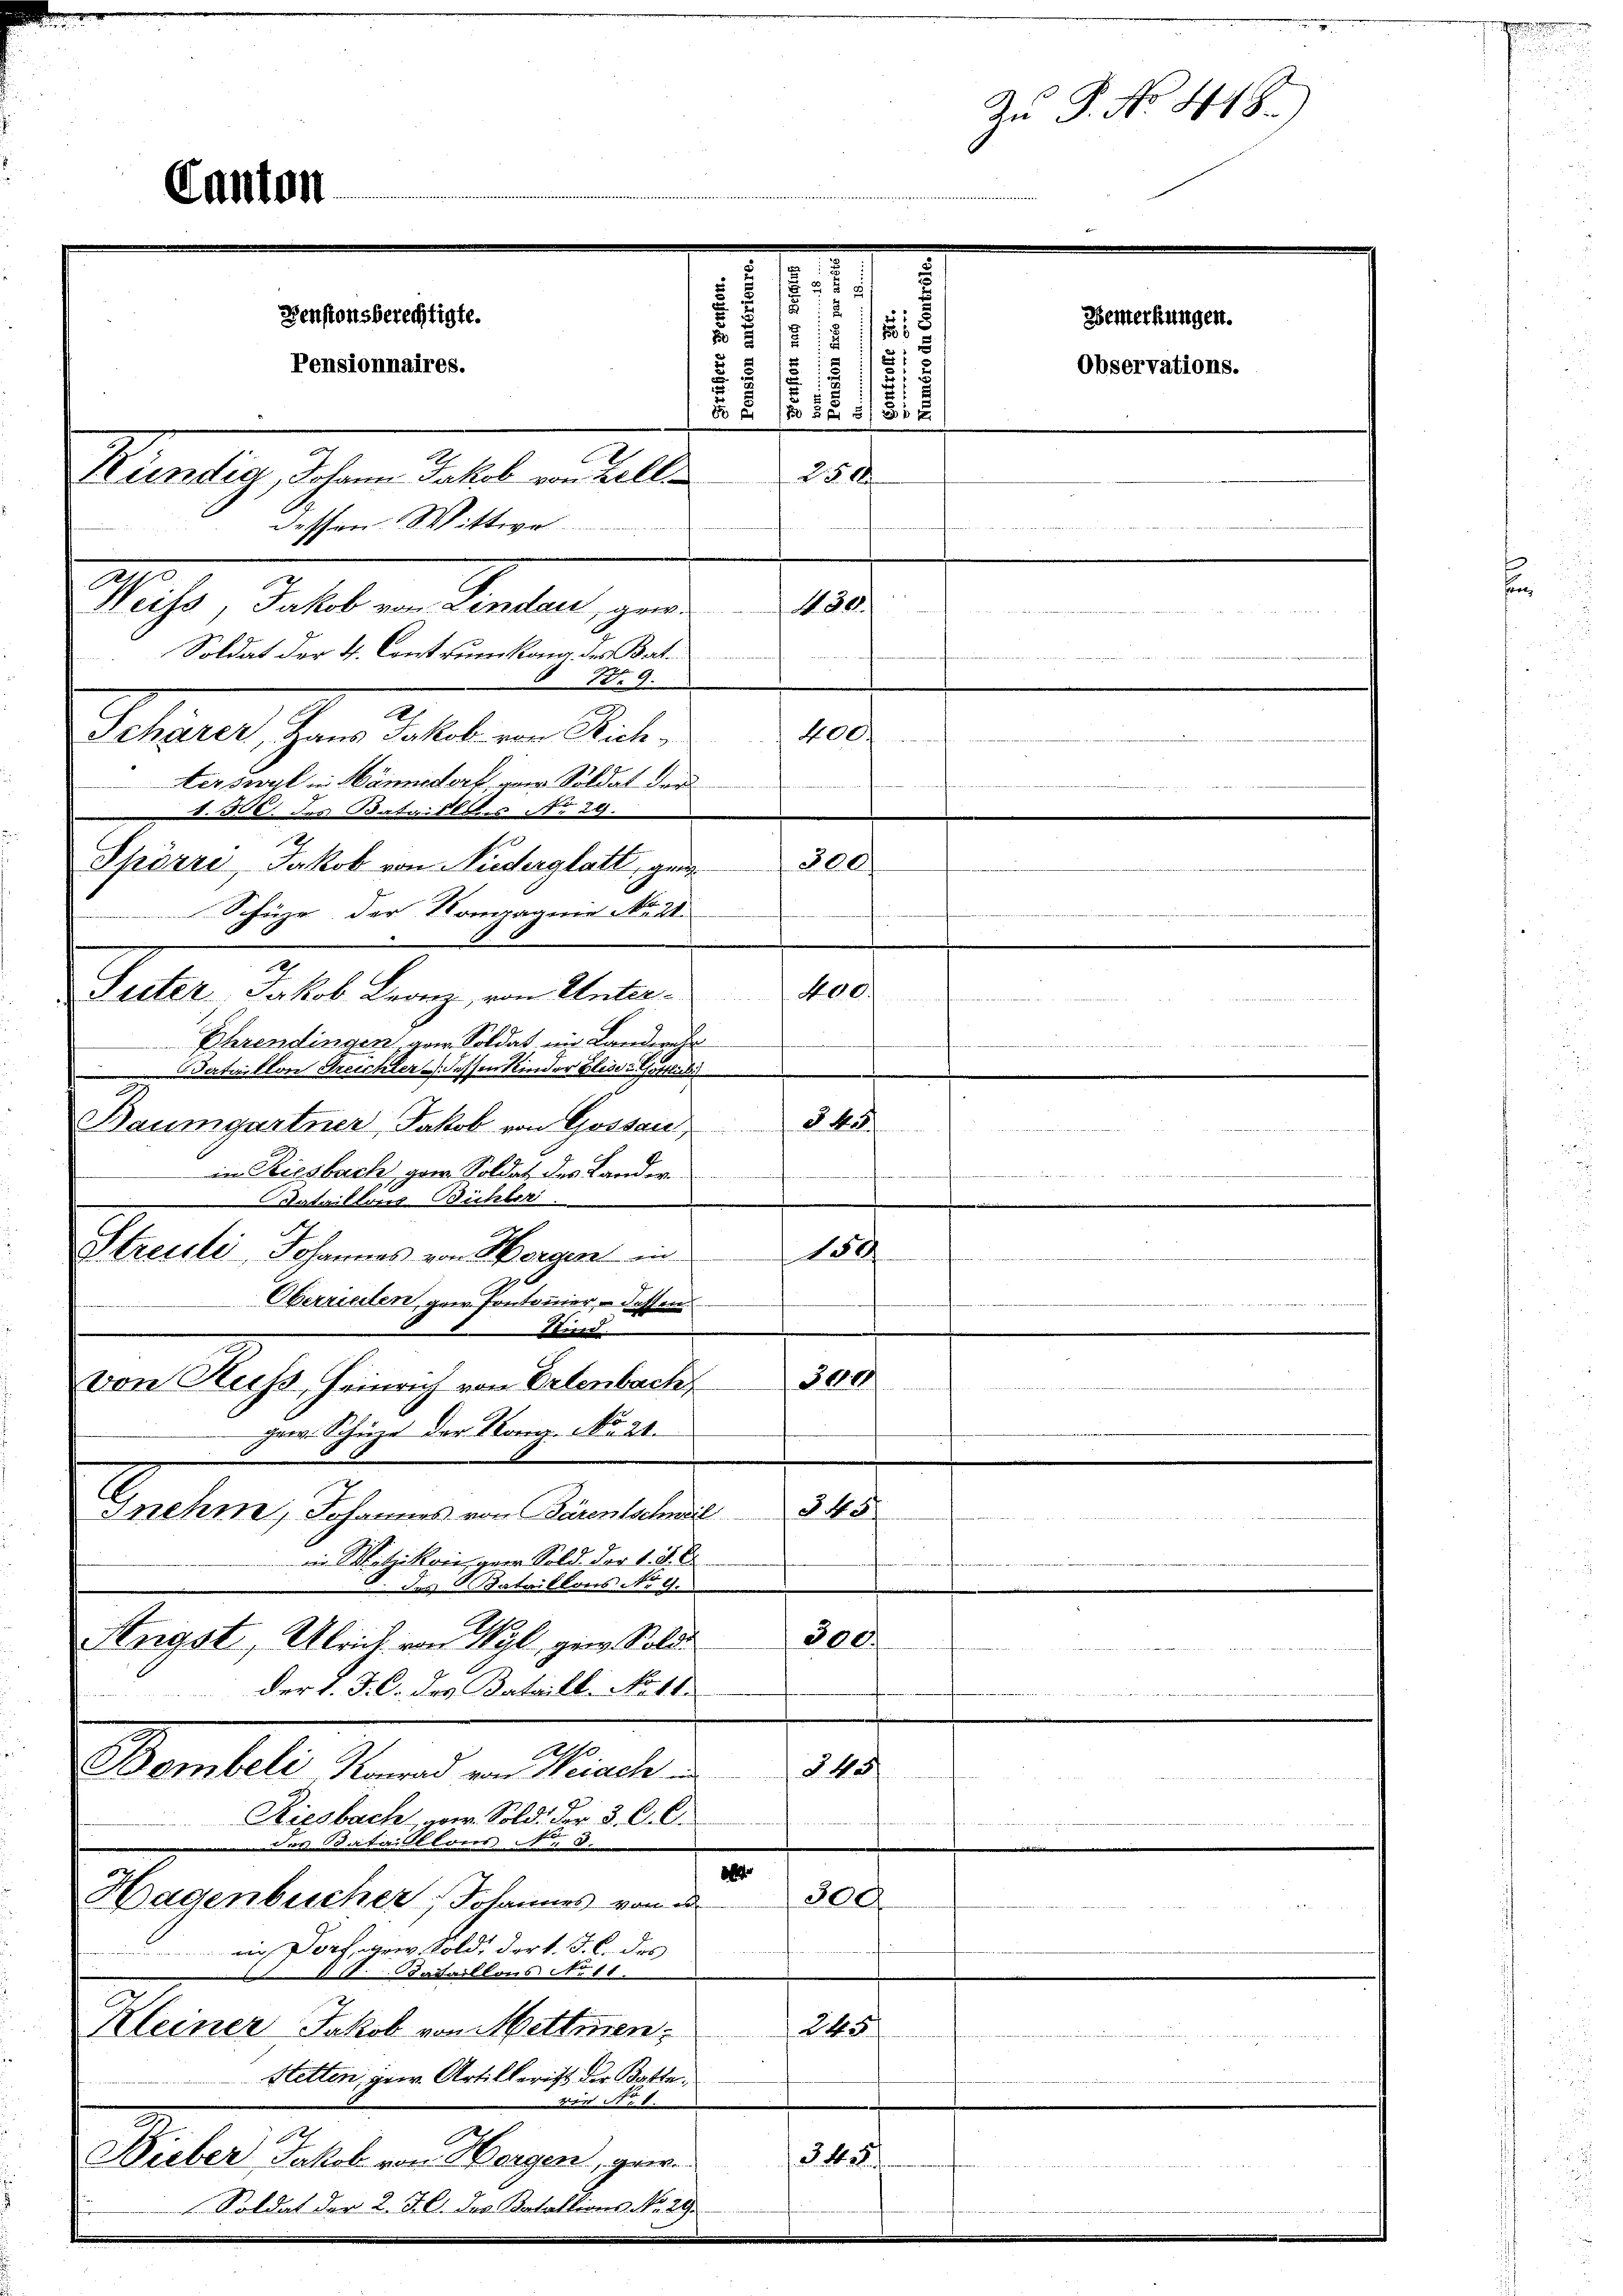
1
Pensionsberechtigte.
e
Bemerkungen.
i
15
i
i
12
2
Pensionnaires.
Observations.
5
BE 50 Sgr 5/ 36 x
20
Kündig, Johann Jakob von Bell
e
dessen Wittwe.
4. 30.
Weiss, Jakob von Lindau, gewe
Soldat der 4. Contrunkung des Bat.
NNo. 9.
D
Schärer, Haus Jakob von Rich¬

400.
terswyl in Männedork, von Soldat der
werden de

A. 506 des Bataillons No 29.
Spörri, Jakob von Niederglatt, gen
Schüre der Kompagnie No 21.
x
Seiter Jakob Franz, von Unter¬

Canton

300.
Ehrendingen aar Soldat im Landwel
dataillon Treichter dessen Kinder Gläser Gottlubi
Baumgartner Jakob von Gossau,
2
in Riesbach, gew. Soldat des Lander

Bataillons Bühler.
Streuli, Johannes von Horgen an
14
Oberrenten gew. Pontonier - dessen
Stind.
 der Sch
457
snehme, Johannes von Bärentschweil
iin Metzikon gern Sold der 1. d. E
des Bataillons No 9.
300.
Angst, Ulrich von Wyl, gern Sold

der l. J. C. des Bataill. No 11.
Attr
§ 45
Bombeli, Konrad von Nerach in
Riesbach, wir Sold. Der 3. C. C.
des Bataillons No 8.
1
300
Hagenbucher, Johannes von d
 Dorfgee, Sold, der v. J. C. des
ataillons Nr 11.
245
Kleiner Jakob von Mettmen
Stetten, zur Artillericht der Botte¬
Fr
0x
§ 48
Dueber Jakob von Horgen, gew
Soldat der 2. J. C. des Botallons No. 29.

von Russ, Heinrich von Erlenbach,
gew. Schörze der Kong. No. 20.

All
§ 45

3000

e
Zu P. No 448)